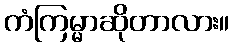
ကံကြမ္မာဆိုတာလား။